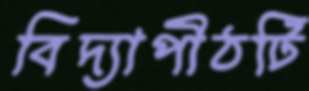
বিদ্যাপীঠটি